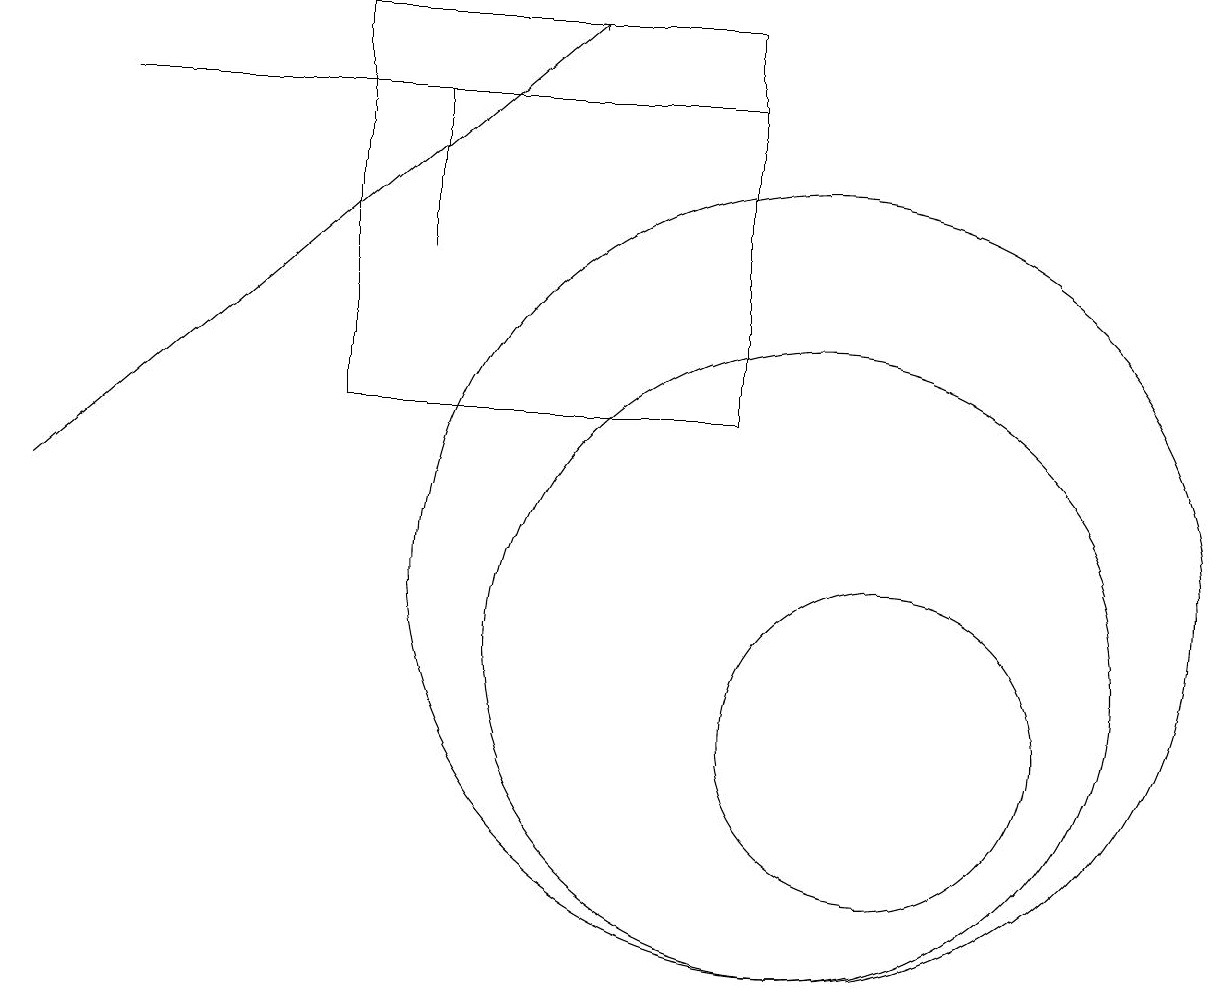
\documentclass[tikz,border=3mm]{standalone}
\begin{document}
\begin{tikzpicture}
\draw (11,10) circle (2);
\draw (10,12) circle (5);
\draw (10,11) circle (4);
\draw (1,18) rectangle (9,18);
\draw[->] (0,13) -- (7,19);
\draw (5,18) rectangle (5,16);
\draw (4,19) rectangle (9,14);
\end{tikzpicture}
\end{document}